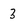
Character: 3